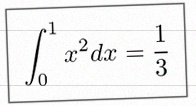
\int_0^1 x^2dx=\frac13